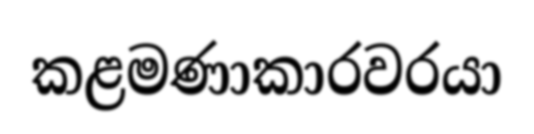
කළමණාකාරවරයා